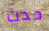
حدث